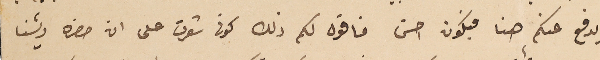
يدفع عنكم هنا فيكون احسن فاقول لكم ذلك كونى شعرت على ان حضره رئيسنا